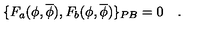
\{ F _ { a } ( \phi , \overline { { \phi } } ) , F _ { b } ( \phi , \overline { { \phi } } ) \} _ { P B } = 0 \quad .